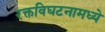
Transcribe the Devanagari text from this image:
रक्तविघटनामध्ये